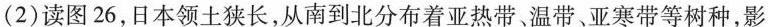
(2)读图26，日本领土狭长，从南到北分布着亚热带，温带，亚寒带等树种，影